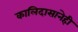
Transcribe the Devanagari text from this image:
कालिदासानेही